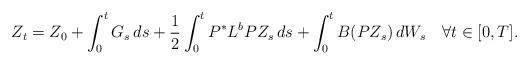
LaTeX: \begin{align*}Z_{t}=Z_{0}+\int_{0}^{t}G_{s}\,ds+\frac{1}{2}\int_{0}^{t}P^{\ast}L^{b}PZ_{s}\,ds+\int_{0}^{t}B(PZ_{s})\,dW_{s}\quad\forall t\in[0,T].\end{align*}